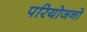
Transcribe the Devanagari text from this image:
परियोजनो